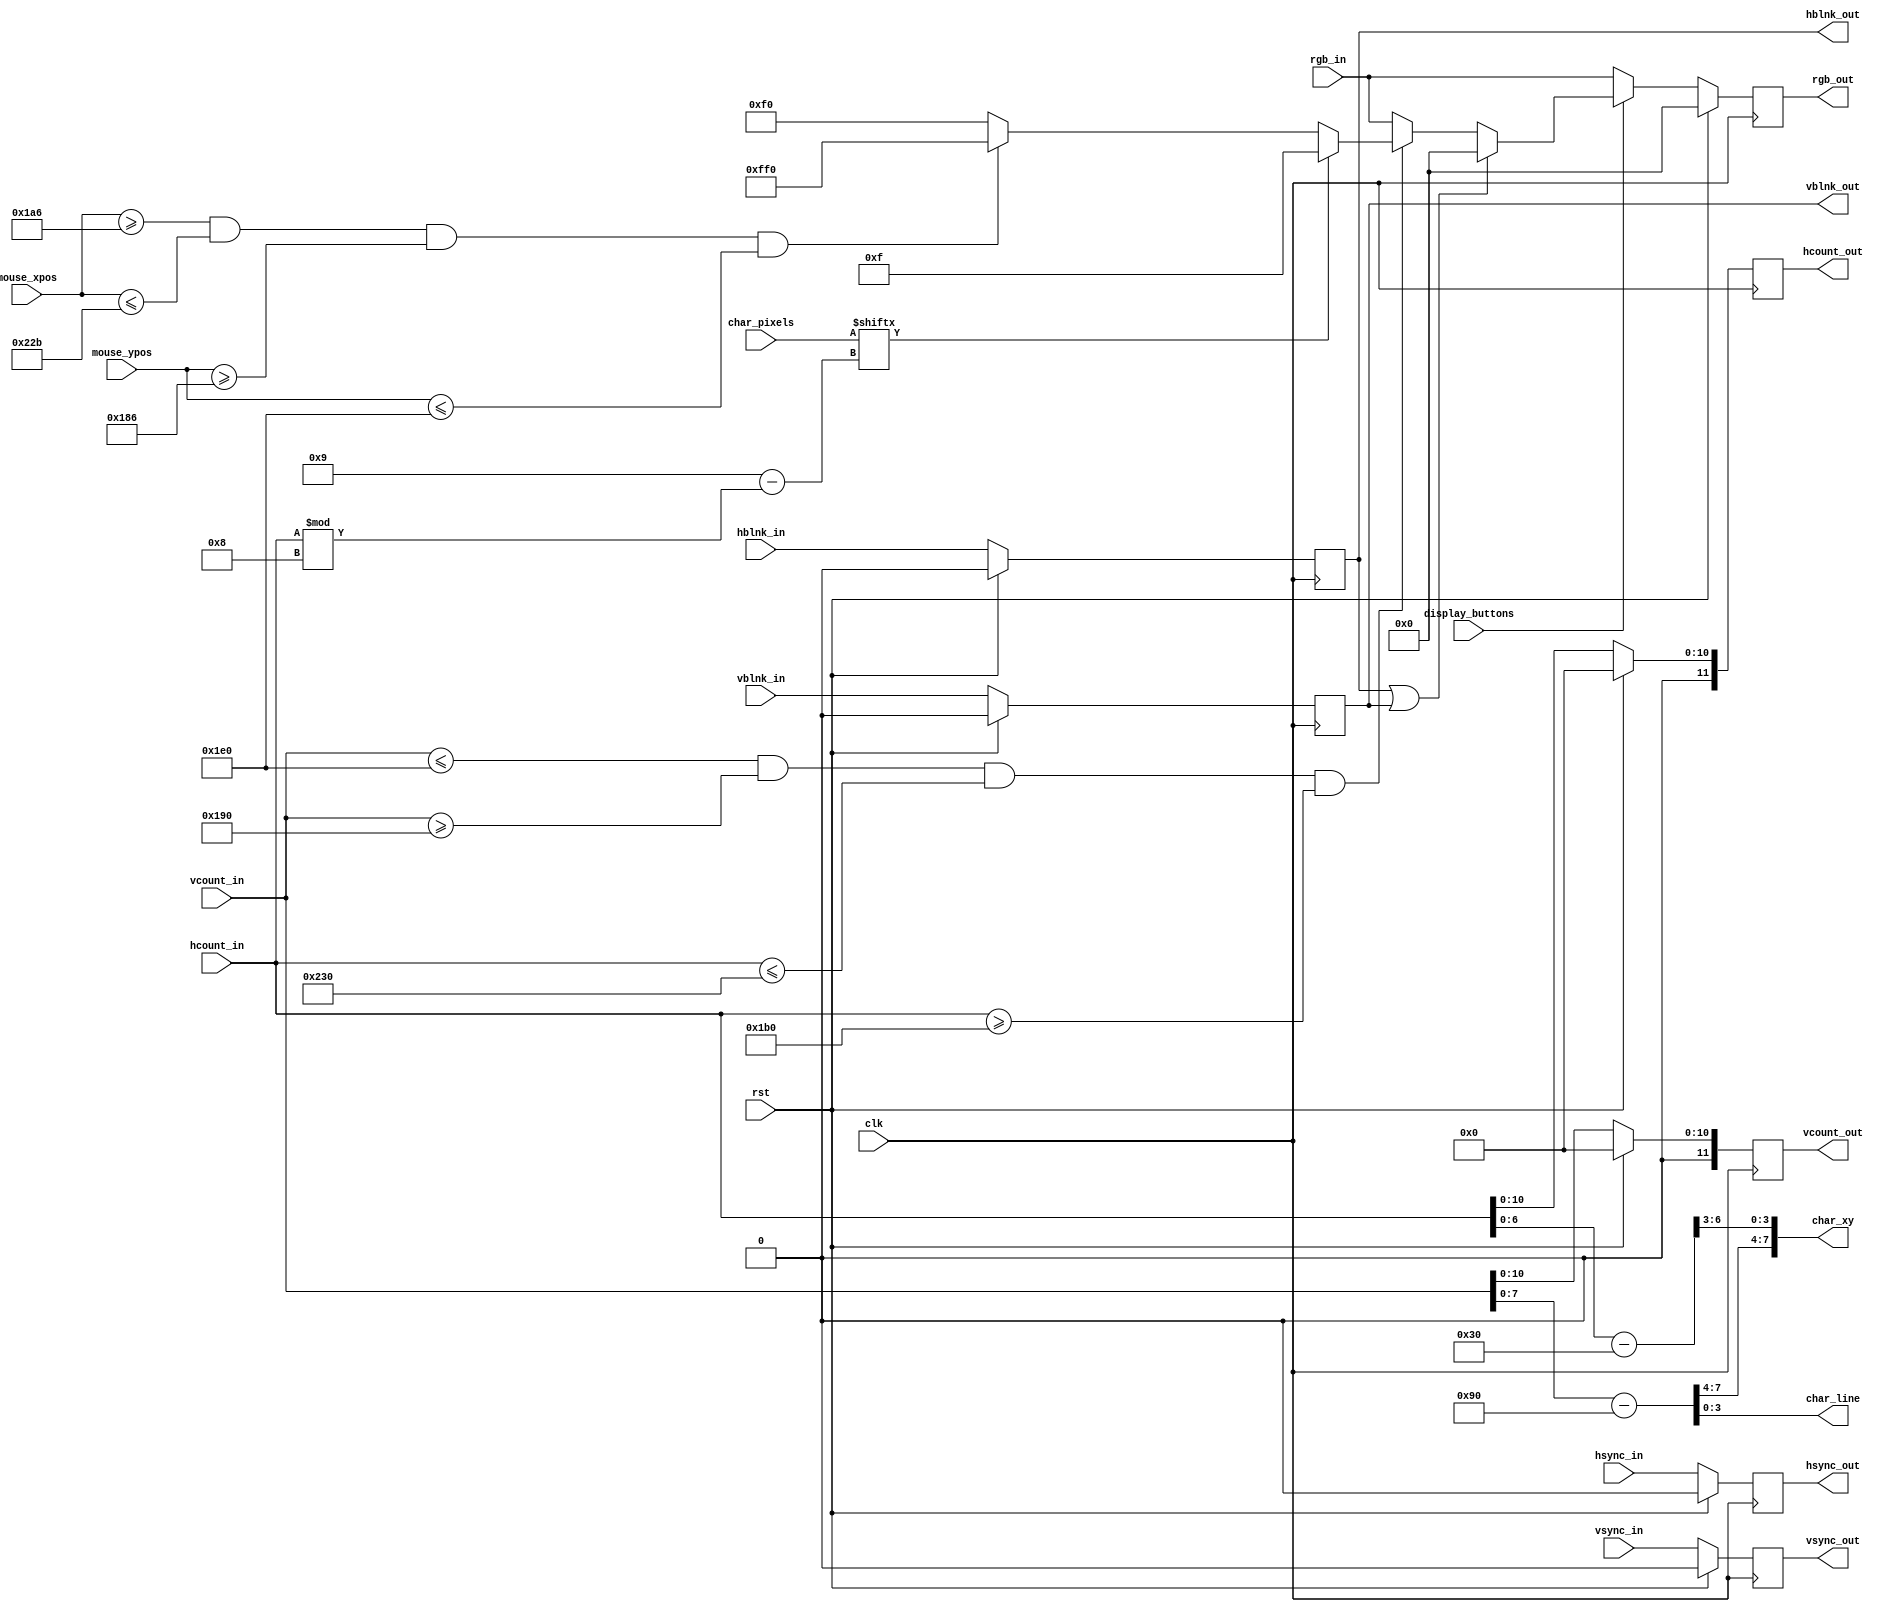
`timescale 1ns / 1ps
//////////////////////////////////////////////////////////////////////////////////
// Company: 
// Engineer: 
// 
// Design Name: 
// Module Name: draw_rect_char
// Project Name: 
// Target Devices: 
// Tool Versions: 
// Description: 
// 
// Dependencies: 
// 
// Revision:
// Revision 0.01 - File Created
// Additional Comments:
// 
//////////////////////////////////////////////////////////////////////////////////

/*
*MO-created module, parametrized to allow using in multiple instances
*
*/

module draw_rect_char 
    #( parameter
        //DO NOT TOUCH X POS - IT DISTORTS LETTERS SHAPE
        TEXT_BOX_X_POS  = 432,
        TEXT_BOX_Y_POS  = 400,
        TEXT_BOX_Y_SIZE = 80,
        TEXT_BOX_X_SIZE = 128
    )
    (      
        input wire clk,
        input wire rst,
        input wire [11:0] hcount_in,
        input wire hsync_in,
        input wire hblnk_in,
        input wire [11:0] vcount_in,
        input wire vsync_in,
        input wire vblnk_in,
        input wire [11:0] rgb_in,
        input wire [7:0] char_pixels,
        input wire [11:0] mouse_xpos,
        input wire [11:0] mouse_ypos,
        input wire display_buttons,
        
        output reg [11:0] hcount_out,
        output reg hsync_out,
        output reg hblnk_out,
        output reg [11:0] vcount_out,
        output reg vsync_out, 
        output reg vblnk_out,
        output reg [11:0] rgb_out,
        //output reg [10:0] addr,
        output reg [7:0] char_xy,
        output reg [3:0] char_line
    );
    
reg vsync_nxt, vblnk_nxt, hsync_nxt, hblnk_nxt;   
reg [10:0] vcount_nxt, hcount_nxt, vcount_rect, hcount_rect;
reg [11:0] rgb_nxt;



localparam BG_BLACK = 12'h0_0_0;
localparam LETTER_COLOUR = 12'h0_0_f;
localparam TEXT_BG_COLOUR = 12'h0_f_0;
localparam MOUSE_OVER_COLOUR = 12'hf_f_0;

always @(posedge clk) begin
    if (rst) begin
        vcount_out <= 0;
        vblnk_out  <= 0;
        vsync_out  <= 0;
        hcount_out <= 0;
        hsync_out  <= 0;
        hblnk_out  <= 0;
        rgb_out    <= 0;
    end
    else begin
        vcount_out <= vcount_nxt;
        vblnk_out  <= vblnk_nxt;
        vsync_out  <= vsync_nxt;
        hcount_out <= hcount_nxt;
        hsync_out  <= hsync_nxt;
        hblnk_out  <= hblnk_nxt;
        rgb_out    <= rgb_nxt;
    end 
end 
    
always @* begin
    vcount_nxt = vcount_in;
    vblnk_nxt  = vblnk_in;
    vsync_nxt  = vsync_in;
    hcount_nxt = hcount_in;
    hsync_nxt  = hsync_in;
    hblnk_nxt  = hblnk_in;
          
    if (display_buttons) begin   
        if (hblnk_out || vblnk_out) 
            rgb_nxt = BG_BLACK; 
        else if (vcount_in <= TEXT_BOX_Y_SIZE + TEXT_BOX_Y_POS && vcount_in >= TEXT_BOX_Y_POS && hcount_in <= TEXT_BOX_X_SIZE + TEXT_BOX_X_POS && hcount_in >= TEXT_BOX_X_POS) begin
            if (char_pixels[9-(hcount_in%8)]) 
                rgb_nxt = LETTER_COLOUR;
            else begin
                if (mouse_xpos >= TEXT_BOX_X_POS - 10 && mouse_xpos <= TEXT_BOX_X_SIZE + TEXT_BOX_X_POS -5 && mouse_ypos >= TEXT_BOX_Y_POS - 10 && mouse_ypos <= TEXT_BOX_Y_SIZE + TEXT_BOX_Y_POS)
                    rgb_nxt = MOUSE_OVER_COLOUR;
                else
                    rgb_nxt = TEXT_BG_COLOUR; 
            end
        end
        else
            rgb_nxt = rgb_in;
    end
    else  
        rgb_nxt = rgb_in;
                    
    vcount_rect = vcount_in -  TEXT_BOX_Y_POS;
    hcount_rect = hcount_in -  TEXT_BOX_X_POS;
          
    char_xy = {vcount_rect[7:4], hcount_rect[6:3]};
    char_line = vcount_rect[3:0];
         
end

     
endmodule